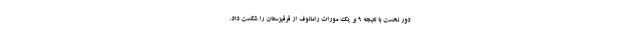
دور نخست با نتیجه ۹ بر یک مورات رامانوف از قرقیزستان را شکست داد.